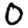
Digit: 0